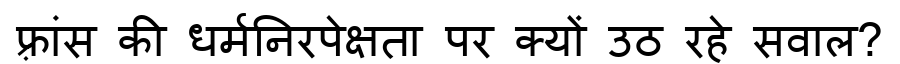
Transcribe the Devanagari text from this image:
फ़्रांस की धर्मनिरपेक्षता पर क्यों उठ रहे सवाल?